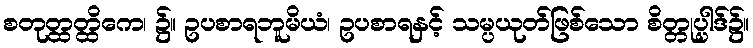
စတုတ္ထတ္ထိကေ၊ ၌။ ဥပစာရဘူမိယံ၊ ဥပစာရနှင့် သမ္ပယုတ်ဖြစ်သော စိတ္တုပ္ပါဒ်၌။